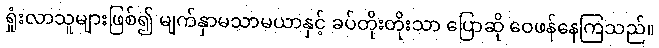
ရှုံးလာသူများဖြစ်၍ မျက်နှာမသာမယာနှင့် ခပ်တိုးတိုးသာ ပြောဆို ဝေဖန်နေကြသည်။